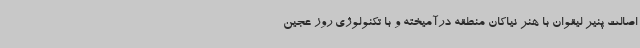
اصالت پنیر لیقوان با هنر نیاکان منطقه درآمیخته و با تکنولوژی روز عجین